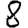
Digit: 8